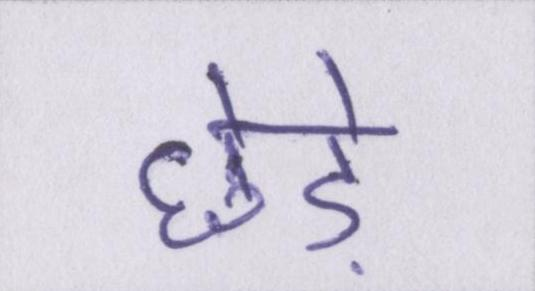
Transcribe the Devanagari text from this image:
छेड़े